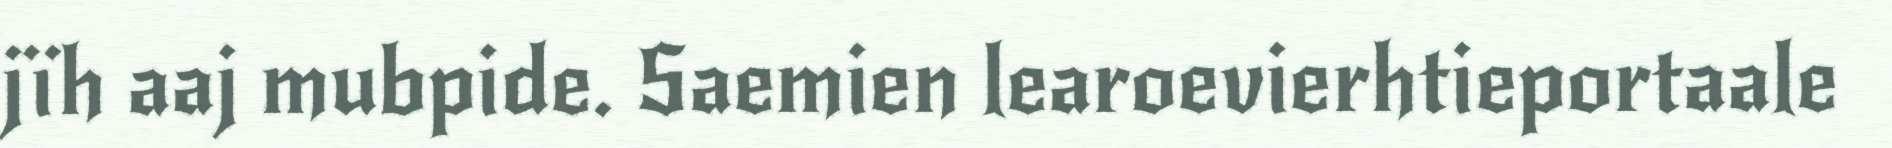
jïh aaj mubpide. Saemien learoevierhtieportaale